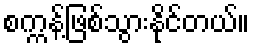
စက္ကန့်ဖြစ်သွားနိုင်တယ်။